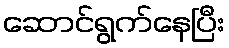
ဆောင်ရွက်နေပြီး